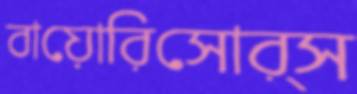
বায়োরিসোর্স